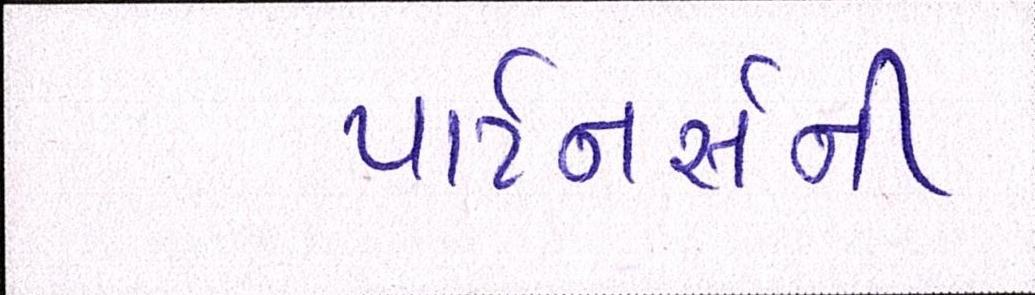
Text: પાર્ટનર્સની